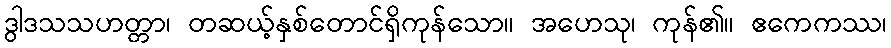
ဒွါဒသသဟတ္တာ၊ တဆယ့်နှစ်တောင်ရှိကုန်သော။ အဟေသု၊ ကုန်၏။ ဧကေကဿ၊